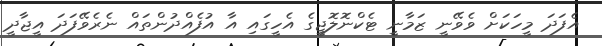
އެފަދަ މީހަކަށް ވެވޭނީ ޒަމާނީ ޓެކްނޮލޮޖީގެ އެހީގައި އާ އުފެއްދުންތައް ނެރެވޭފަދަ އީޖާދީ